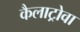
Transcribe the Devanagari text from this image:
कैलाट्रोवा